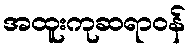
အထူးကုဆရာဝန်